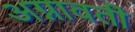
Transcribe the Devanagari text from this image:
अग्नावती